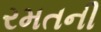
રમતની